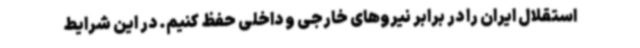
استقلال ایران را در برابر نیروهای خارجی و داخلی حفظ کنیم. در این شرایط